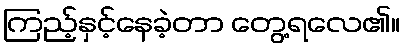
ကြည့်နှင့်နေခဲ့တာ တွေ့ရလေ၏။